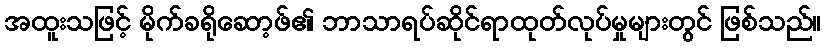
အထူးသဖြင့် မိုက်ခရိုဆော့ဖ်၏ ဘာသာရပ်ဆိုင်ရာထုတ်လုပ်မှုများတွင် ဖြစ်သည်။